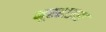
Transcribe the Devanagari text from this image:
मूरहाउस